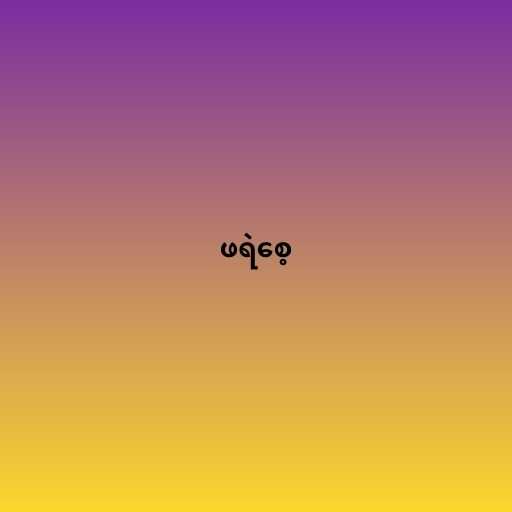
ဖရဲစေ့